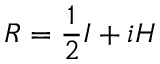
{ \cal R } = \frac 1 2 { \cal I } + i { \cal H }